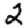
Digit: 2